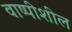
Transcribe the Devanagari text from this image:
वाष्पीशील